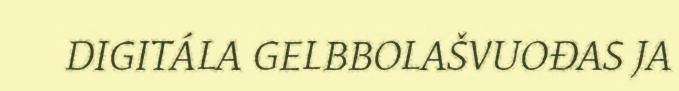
DIGITÁLA GELBBOLAŠVUOĐAS JA